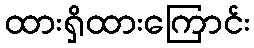
ထားရှိထားကြောင်း